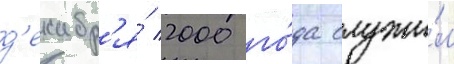
д'екабр'я́ 2000 го́да служи́л